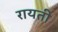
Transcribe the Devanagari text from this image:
रायती